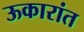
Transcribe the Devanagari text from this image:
ऊकारांत